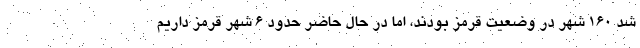
شد ۱۶۰ شهر در وضعیت قرمز بودند، اما در حال حاضر حدود ۶ شهر قرمز داریم